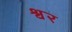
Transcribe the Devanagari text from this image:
श्वर